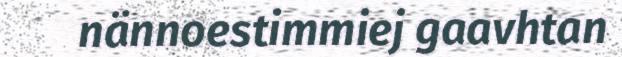
nännoestimmiej gaavhtan